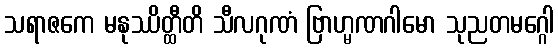
သရာဇကေ မနုဿိတ္ထီတိ သီလဂုဏံ ဗြာဟ္မဏဂါမော သုညတမဂ္ဂေါ